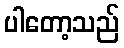
ပါတော့သည်